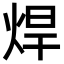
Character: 焊